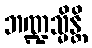
ဘဏ္ဍသ္မိန္တိ